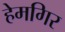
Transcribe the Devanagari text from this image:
हेमगिर